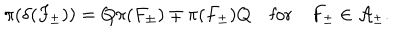
LaTeX: \pi ( \delta ( F _ { \pm } ) ) = Q \pi ( F _ { \pm } ) \mp \pi ( F _ { \pm } ) Q \quad \mathrm { f o r } \quad F _ { \pm } \in { \cal A } _ { \pm } .